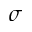
\sigma